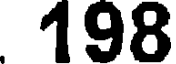
198